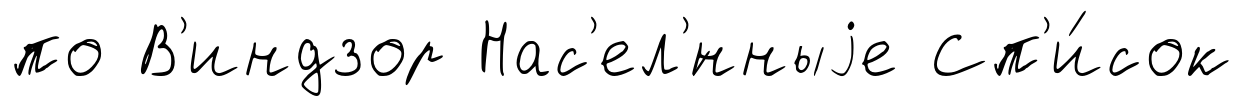
по В'индзор Нас'ел'́нныjе Сп'и́сок